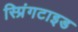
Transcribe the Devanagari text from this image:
स्प्रिंगटाइड